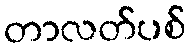
တာလတ်ပစ်